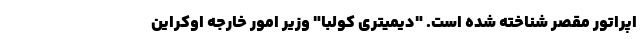
اپراتور مقصر شناخته شده است. "دیمیتری کولبا" وزیر امور خارجه اوکراین